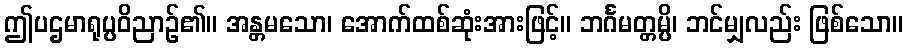
ဤပဌမာရုပ္ပဝိညာဉ်၏။ အန္တမသော၊ အောက်ထစ်ဆုံးအားဖြင့်။ ဘင်္ဂမတ္တမ္ပိ၊ ဘင်မျှလည်း ဖြစ်သော။